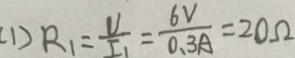
( 1 ) R _ { 1 } = \frac { V } { I _ { 1 } } = \frac { 6 V } { 0 . 3 A } = 2 0 \Omega